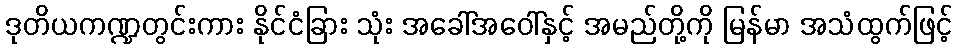
ဒုတိယကဏ္ဍတွင်းကား နိုင်ငံခြား သုံး အခေါ်အဝေါ်နှင့် အမည်တို့ကို မြန်မာ အသံထွက်ဖြင့်